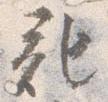
記